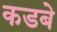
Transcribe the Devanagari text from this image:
कडबे